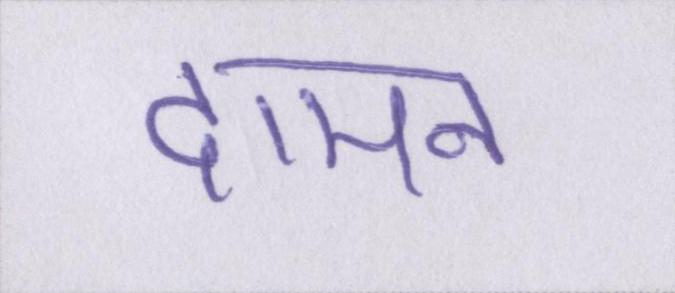
दामन